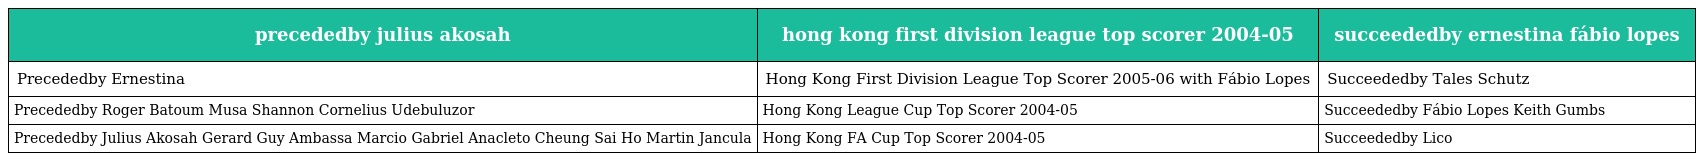
| precededby julius akosah | hong kong first division league top scorer 2004-05 | succeededby ernestina fábio lopes |
 | --- | --- | --- |
 | Precededby Ernestina | Hong Kong First Division League Top Scorer 2005-06 with Fábio Lopes | Succeededby Tales Schutz |
 | Precededby Roger Batoum Musa Shannon Cornelius Udebuluzor | Hong Kong League Cup Top Scorer 2004-05 | Succeededby Fábio Lopes Keith Gumbs |
 | Precededby Julius Akosah Gerard Guy Ambassa Marcio Gabriel Anacleto Cheung Sai Ho Martin Jancula | Hong Kong FA Cup Top Scorer 2004-05 | Succeededby Lico |